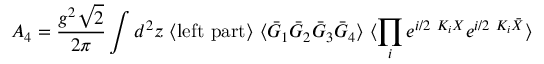
A _ { 4 } = \frac { g ^ { 2 } \sqrt { 2 } } { 2 \pi } \int d ^ { 2 } z \ \langle \mathrm { l e f t ~ p a r t } \rangle \ \langle \bar { G } _ { 1 } \bar { G } _ { 2 } \bar { G } _ { 3 } \bar { G } _ { 4 } \rangle \ \langle \prod _ { i } e ^ { i / 2 \ K _ { i } X } e ^ { i / 2 \ K _ { i } \bar { X } } \rangle